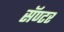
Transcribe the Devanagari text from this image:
सॅण्टर